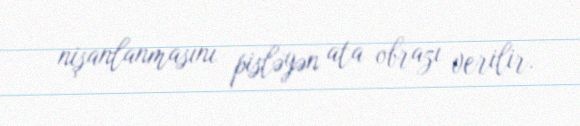
nişanlanmasını pisləyən ata obrazı verilir.